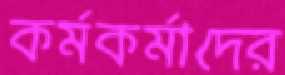
কর্মকর্মাদের